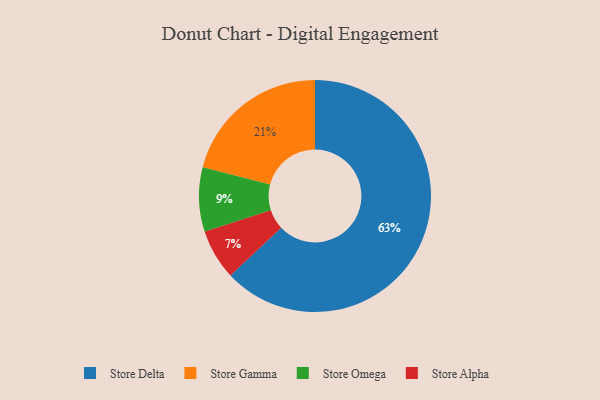
{"axis": {"x": "Category", "y": "Percentage"}, "legend": ["Store Alpha", "Store Delta", "Store Gamma", "Store Omega"], "data": [{"x": "Store Alpha", "y": 7, "type": "Store Alpha"}, {"x": "Store Delta", "y": 63, "type": "Store Delta"}, {"x": "Store Omega", "y": 9, "type": "Store Omega"}, {"x": "Store Gamma", "y": 21, "type": "Store Gamma"}]}